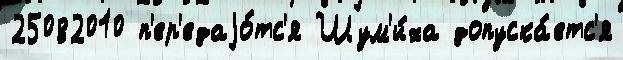
25082010 п'ер'едаjо́тс'я Шум'и́ха допуска́етс'я